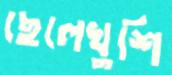
ছেলেখুশি